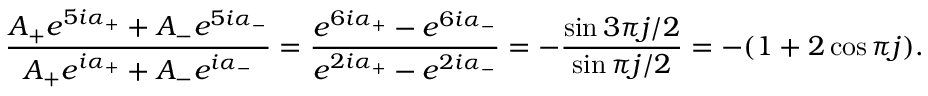
\frac { A _ { + } e ^ { 5 i \alpha _ { + } } + A _ { - } e ^ { 5 i \alpha _ { - } } } { A _ { + } e ^ { i \alpha _ { + } } + A _ { - } e ^ { i \alpha _ { - } } } = \frac { e ^ { 6 i \alpha _ { + } } - e ^ { 6 i \alpha _ { - } } } { e ^ { 2 i \alpha _ { + } } - e ^ { 2 i \alpha _ { - } } } = - \frac { \sin 3 \pi j / 2 } { \sin \pi j / 2 } = - ( 1 + 2 \cos \pi j ) .